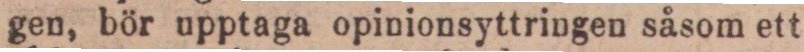
gen, bör upptaga opinionsyttringen såsom ett